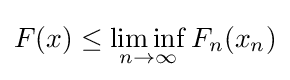
F(x)\leq \liminf _{n\to \infty }F_{n}(x_{n})